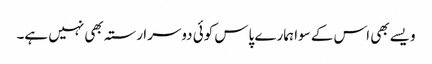
ویسے بھی اس کے سوا ہمارے پاس کوئی دوسرا رستہ بھی نہیں ہے۔